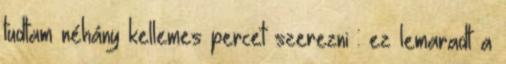
tudtam néhány kellemes percet szerezni : ez lemaradt a